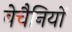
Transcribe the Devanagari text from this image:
बेचैनियों